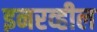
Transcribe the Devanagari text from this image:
इनरव्हील